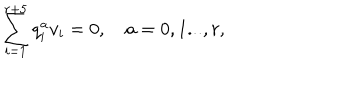
\sum _ { i = 1 } ^ { r + 5 } q _ { i } ^ { a } v _ { i } = 0 , \quad a = 0 , 1 . . . , r ,